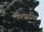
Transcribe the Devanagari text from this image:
मित्झ्रायिम